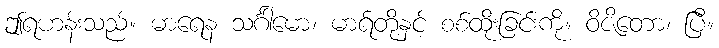
ဤရဟန်းသည်။ မာရေန သင်္ဂါမော၊ မာရ်တို့နှင့် စစ်ထိုးခြင်းကို။ ဝိဇိတော၊ ပြီ။